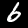
Label: 6